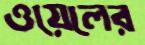
ওয়েলের